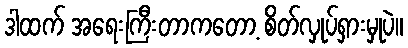
ဒါထက် အရေးကြီးတာကတော့ စိတ်လှုပ်ရှားမှုပဲ။